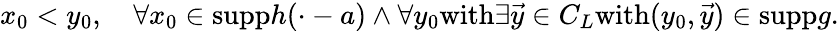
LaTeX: x_{0}<y_{0},\quad\forall x_{0}\in\mathrm{supp}h(\cdot-a)\wedge\forall y_{0}\mathrm{with}\exists\vec{y}\in C_{L}\mathrm{with}(y_{0},\vec{y})\in\mathrm{supp}g.